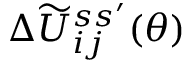
\Delta \widetilde U _ { i j } ^ { s s ^ { \prime } } ( \boldsymbol { \theta } )